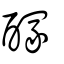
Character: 𨢊